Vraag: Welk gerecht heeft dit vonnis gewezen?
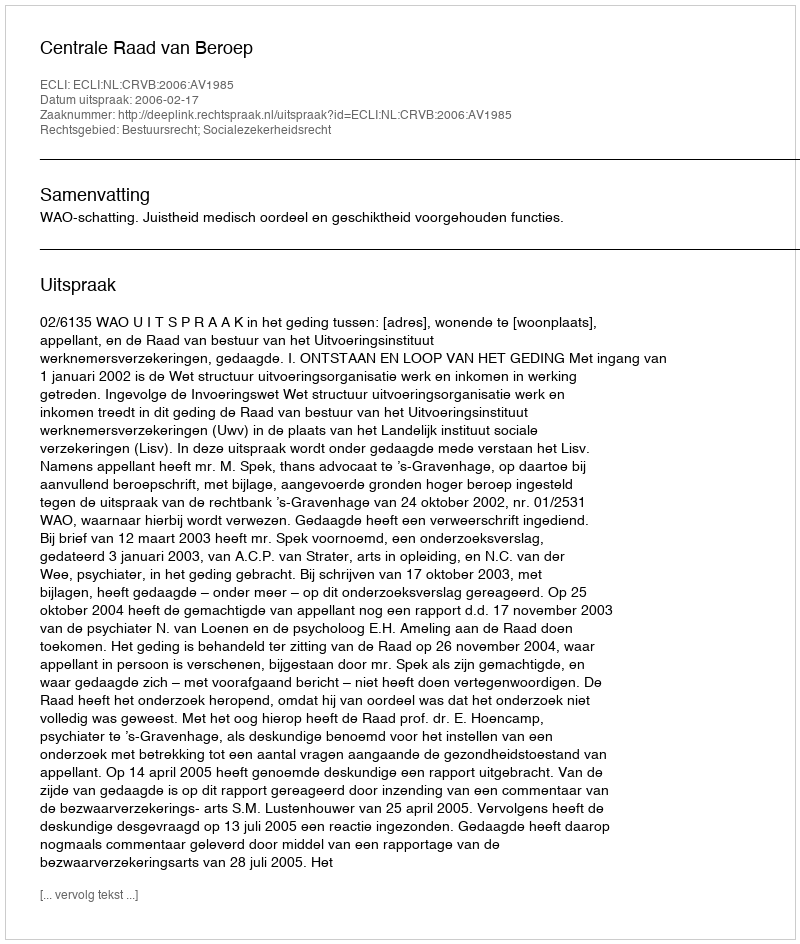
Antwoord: Centrale Raad van Beroep